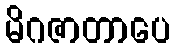
မိဂဇာတာပေ